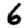
Digit: 6